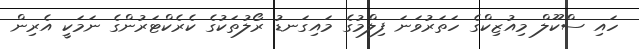
ހައި ސްކޫލް މިއުޒިކްގެ ހަތަރުވަނަ ފިލްމުގެ މައިގަނޑު ރޯލުތަކުގެ ކެރެކްޓަރުންގެ ނަމަކީ އެރިން